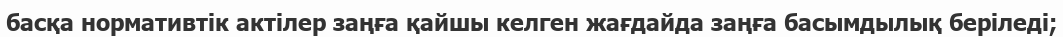
басқа нормативтік актілер заңға қайшы келген жағдайда заңға басымдылық беріледі;